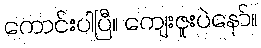
ကောင်းပါပြီ။ ကျေးဇူးပဲနော်။